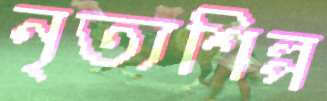
নৃত্যশিল্প